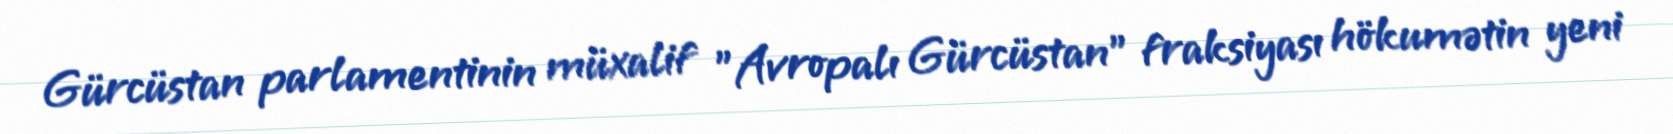
Gürcüstan parlamentinin müxalif "Avropalı Gürcüstan" fraksiyası hökumətin yeni